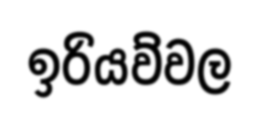
ඉරියව්වල